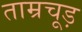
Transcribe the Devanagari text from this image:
ताम्रचूड़